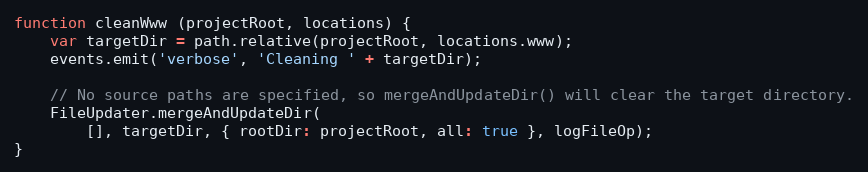
Language: JavaScript
function cleanWww (projectRoot, locations) {
    var targetDir = path.relative(projectRoot, locations.www);
    events.emit('verbose', 'Cleaning ' + targetDir);

    // No source paths are specified, so mergeAndUpdateDir() will clear the target directory.
    FileUpdater.mergeAndUpdateDir(
        [], targetDir, { rootDir: projectRoot, all: true }, logFileOp);
}